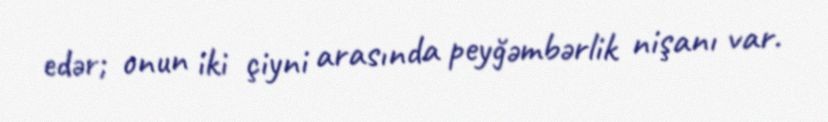
edər; onun iki çiyni arasında peyğəmbərlik nişanı var.